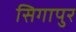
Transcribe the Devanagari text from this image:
सिगापुर